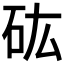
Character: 𥐪